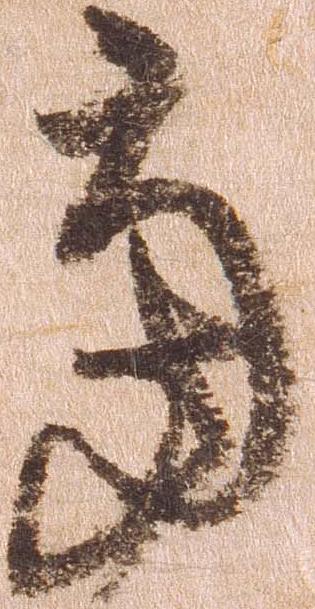
当